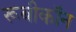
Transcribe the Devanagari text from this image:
रूबीकॉन